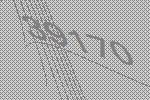
39170